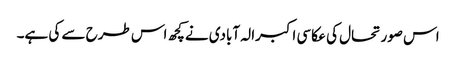
اس صورتحال کی عکاسی اکبرالہ آبادی نےکچھ اس طرح سے کی ہے۔